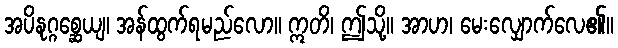
အပိနုဂ္ဂစ္ဆေယျ၊ အန်ထွက်ရမည်လော။ ဣတိ၊ ဤသို့။ အာဟ၊ မေးလျှောက်လေ၏။